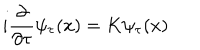
i \frac { \partial } { \partial \tau } \psi _ { \tau } ( x ) = K \psi _ { \tau } ( x )